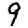
Digit: 9